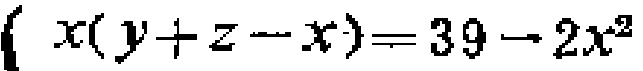
\(x(y + z - x)=39 - 2x^{2}\)